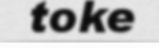
toke